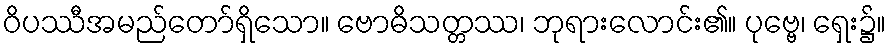
ဝိပဿီအမည်တော်ရှိသော။ ဗောဓိသတ္တဿ၊ ဘုရားလောင်း၏။ ပုဗ္ဗေ၊ ရှေး၌။